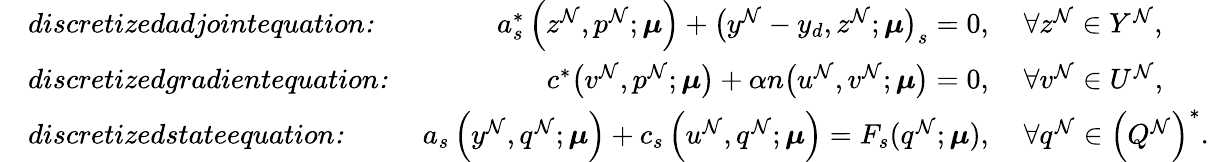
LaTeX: \begin{array}{rlrl}&{\textit{discretizedadjointequation:}\ }&{a_{s}^{*}\left(z^{\mathcal{N}},p^{\mathcal{N}};\boldsymbol{\mu}\right)+\big(y^{\mathcal{N}}-y_{d},z^{\mathcal{N}};\boldsymbol{\mu}\big)_{s}=0,}&{\ \forall z^{\mathcal{N}}\in Y^{\mathcal{N}},}\\ &{\textit{discretizedgradientequation:}\ }&{c^{*}\big(v^{\mathcal{N}},p^{\mathcal{N}};\boldsymbol{\mu}\big)+\alpha n\big(u^{\mathcal{N}},v^{\mathcal{N}};\boldsymbol{\mu}\big)=0,}&{\ \forall v^{\mathcal{N}}\in U^{\mathcal{N}},}\\ &{\textit{discretizedstateequation:}\ }&{a_{s}\left(y^{\mathcal{N}},q^{\mathcal{N}};\boldsymbol{\mu}\right)+c_{s}\left(u^{\mathcal{N}},q^{\mathcal{N}};\boldsymbol{\mu}\right)=F_{s}(q^{\mathcal{N}};\boldsymbol{\mu}),}&{\ \forall q^{\mathcal{N}}\in\left(Q^{\mathcal{N}}\right)^{*}.}\end{array}